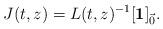
LaTeX: \begin{align*} J(t,z)=L(t,z)^{-1}[\textbf{1}]_{\vec 0}. \end{align*}